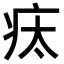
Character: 𤵉